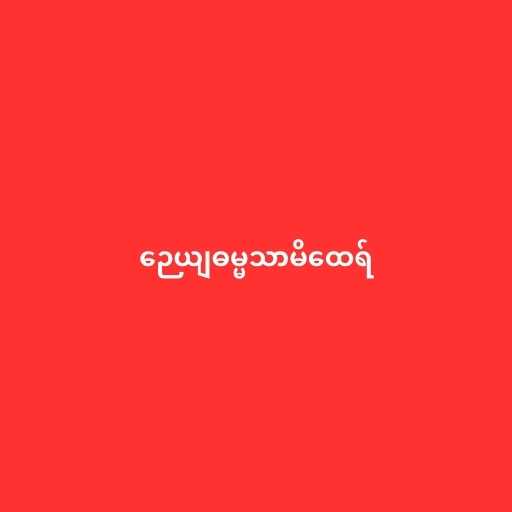
ဉေယျဓမ္မသာမိထေရ်